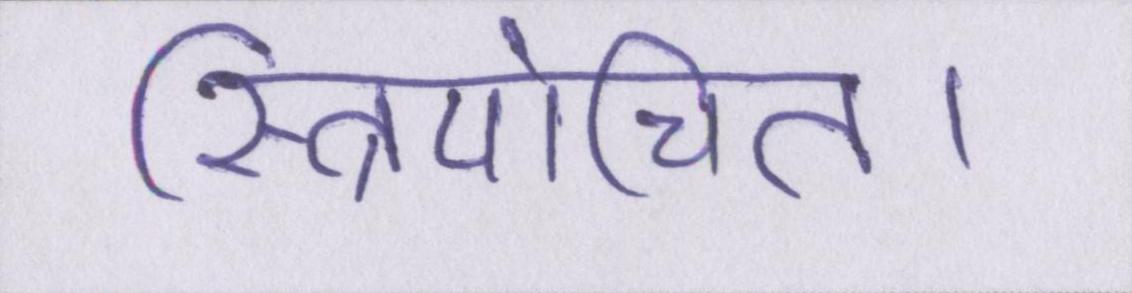
स्त्रियोचित।